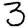
Digit: 3